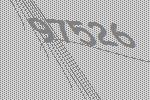
97526